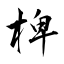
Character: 椑